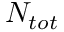
N _ { t o t }